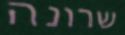
שרונה